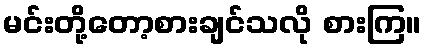
မင်းတို့တော့စားချင်သလို စားကြ။